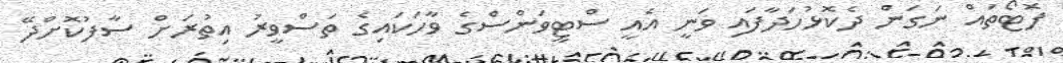
ފޮޓޯތައް ނަގަން ދެކޮޅުހަދާފައި ވަނީ އެއީ ސްޓީވަންސްގެ ވާހަކައިގެ ތަސްވީރު އިތުރަށް ސާފުކޮށްދޭ